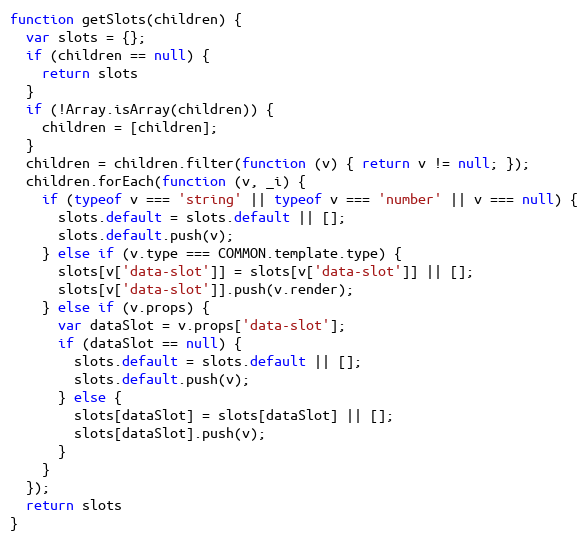
Language: JavaScript
function getSlots(children) {
  var slots = {};
  if (children == null) {
    return slots
  }
  if (!Array.isArray(children)) {
    children = [children];
  }
  children = children.filter(function (v) { return v != null; });
  children.forEach(function (v, _i) {
    if (typeof v === 'string' || typeof v === 'number' || v === null) {
      slots.default = slots.default || [];
      slots.default.push(v);
    } else if (v.type === COMMON.template.type) {
      slots[v['data-slot']] = slots[v['data-slot']] || [];
      slots[v['data-slot']].push(v.render);
    } else if (v.props) {
      var dataSlot = v.props['data-slot'];
      if (dataSlot == null) {
        slots.default = slots.default || [];
        slots.default.push(v);
      } else {
        slots[dataSlot] = slots[dataSlot] || [];
        slots[dataSlot].push(v);
      }
    }
  });
  return slots
}